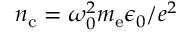
n _ { \mathrm { c } } = \omega _ { 0 } ^ { 2 } m _ { \mathrm { e } } \epsilon _ { 0 } / e ^ { 2 }